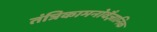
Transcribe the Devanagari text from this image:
तंत्रिकामनोवैज्ञानिक